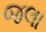
જલા